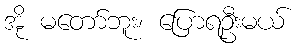
အို မတော်ဘူး၊ ပြောရဦးမယ်